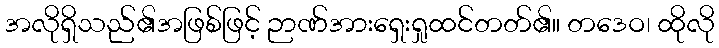
အလိုရှိသည်၏အဖြစ်ဖြင့် ဉာဏ်အားရှေးရှုထင်တတ်၏။ တဒေဝ၊ ထိုလို